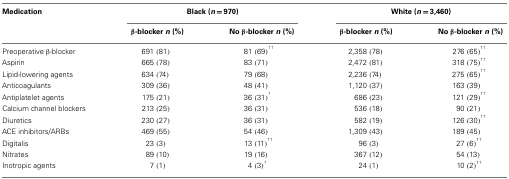
<table><thead><tr><td><b>Medication</b></td><td colspan="2"><b>Black (<i>n</i> = 970)</b></td><td colspan="2"><b>White (<i>n</i> = 3,460)</b></td></tr><tr><td>[EMPTY_CELL]</td><td><b>β-blocker <i>n</i> (%)</b></td><td><b>No β-blocker <i>n</i> (%)</b></td><td><b>β-blocker <i>n</i> (%)</b></td><td><b>No β-blocker <i>n</i> (%)</b></td></tr></thead><tbody><tr><td>Preoperative β-blocker</td><td>691 (81)</td><td>81 (69)<sup>††</sup></td><td>2, 358 (78)</td><td>276 (65)<sup>††</sup></td></tr><tr><td>Aspirin</td><td>665 (78)</td><td>83 (71)</td><td>2, 472 (81)</td><td>318 (75)<sup>††</sup></td></tr><tr><td>Lipid-lowering agents</td><td>634 (74)</td><td>79 (68)</td><td>2, 236 (74)</td><td>275 (65)<sup>††</sup></td></tr><tr><td>Anticoagulants</td><td>309 (36)</td><td>48 (41)</td><td>1, 120 (37)</td><td>163 (39)</td></tr><tr><td>Antiplatelet agents</td><td>175 (21)</td><td>36 (31)<sup>†</sup></td><td>686 (23)</td><td>121 (29)<sup>††</sup></td></tr><tr><td>Calcium channel blockers</td><td>213 (25)</td><td>36 (31)</td><td>536 (18)</td><td>90 (21)</td></tr><tr><td>Diuretics</td><td>230 (27)</td><td>36 (31)</td><td>582 (19)</td><td>126 (30)<sup>††</sup></td></tr><tr><td>ACE inhibitors/ARBs</td><td>469 (55)</td><td>54 (46)</td><td>1, 309 (43)</td><td>189 (45)</td></tr><tr><td>Digitalis</td><td>23 (3)</td><td>13 (11)<sup>††</sup></td><td>96 (3)</td><td>27 (6)<sup>††</sup></td></tr><tr><td>Nitrates</td><td>89 (10)</td><td>19 (16)</td><td>367 (12)</td><td>54 (13)</td></tr><tr><td>Inotropic agents</td><td>7 (1)</td><td>4 (3)<sup>†</sup></td><td>24 (1)</td><td>10 (2)<sup>††</sup></td></tr></tbody></table>